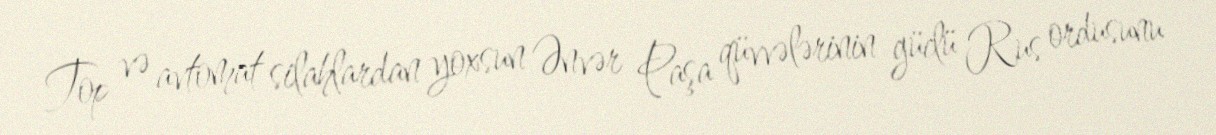
Top və avtomat silahlardan yoxsun Ənvər Paşa qüvvələrinin güclü Rus ordusunu